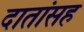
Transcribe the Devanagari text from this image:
दातांसह